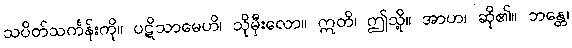
သပိတ်သင်္ကန်းကို။ ပဋိသာမေဟိ၊ သိုမှီးလော။ ဣတိ၊ ဤသို့။ အာဟ၊ ဆို၏။ ဘန္တေ၊